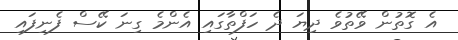
އެ ގޮތުން ވޭތުވެ ދިޔަ ދެ ހަފްތާގައި އެންމެ ގިނަ ކޭސް ފެނިފައި